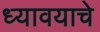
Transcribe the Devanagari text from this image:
ध्यावयाचे